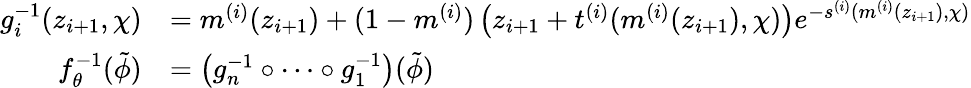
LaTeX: \begin{array}{rl}{g_{i}^{-1}(z_{i+1},\chi)}&{=m^{(i)}(z_{i+1})+(1-m^{(i)})\left(z_{i+1}+t^{(i)}(m^{(i)}(z_{i+1}),\chi)\right)e^{-s^{(i)}(m^{(i)}(z_{i+1}),\chi)}}\\ {f_{\theta}^{-1}(\tilde{\phi})}&{=\left(g_{n}^{-1}\circ\dots\circ g_{1}^{-1}\right)(\tilde{\phi})}\end{array}